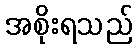
အစိုးရသည်